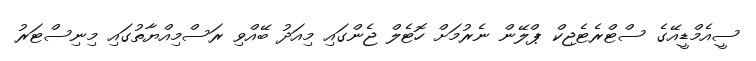
ސީއެމްޑީއޭގެ ސްޓްރެޓެޖިކް ޕްލޭން ނެރުމަށް ހޮޓެލް ޖެންގައި މިއަދު ބޭއްވި ރަސްމިއްޔާތުގައި މިނިސްޓަރު